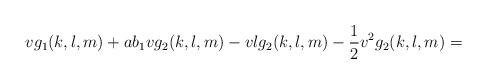
LaTeX: \begin{align*} vg_1(k,l,m)+a b_1 vg_2(k,l,m)-vl g_2(k,l,m)-\frac{1}{2} v^2 g_2(k,l,m)= \end{align*}